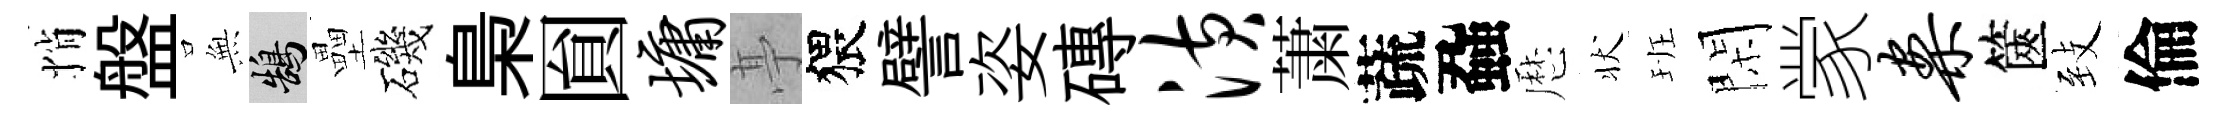
悄盤𭴾鵠壘磯梟圎墉𠅘猥譬姿磚潢䔥蔬蝨厯状班閑䝉案篋𦤺倫